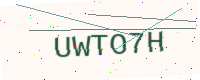
Text: UWTO7H